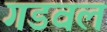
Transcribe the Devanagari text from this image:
गडवल